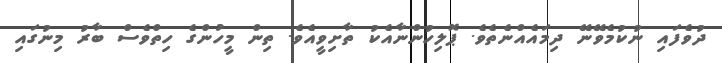
ދުވެފައި ނުކުމެވޭނޭ ދިމައެއްނެތެވެ. ޕޮލިހުންނާއެކު ތާށިވީއެވެ. ތިން މީހުންގެ ހިތްވެސް ބާރު މިނުގައި